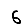
Digit: 6